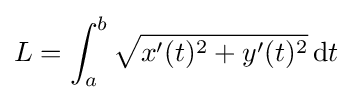
L=\int _{a}^{b}{\sqrt {x'(t)^{2}+y'(t)^{2}}}\,\mathrm {d} t